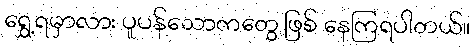
ရွှေ့ရမှာလား ပူပန်သောကတွေ ဖြစ် နေကြရပါတယ်။